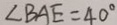
\angle B A E = 4 0 ^ { \circ }